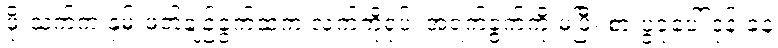
ဖိုးသက်က နှမ်းဖတ်ချဉ်ခွက်ထဲက လက်ကိုရုပ်၊ အရက်ခွက်ကို မပြီး စားပွဲခုံပေါ် ဒုန်းခနဲ